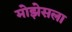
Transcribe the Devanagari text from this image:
मोझेसला